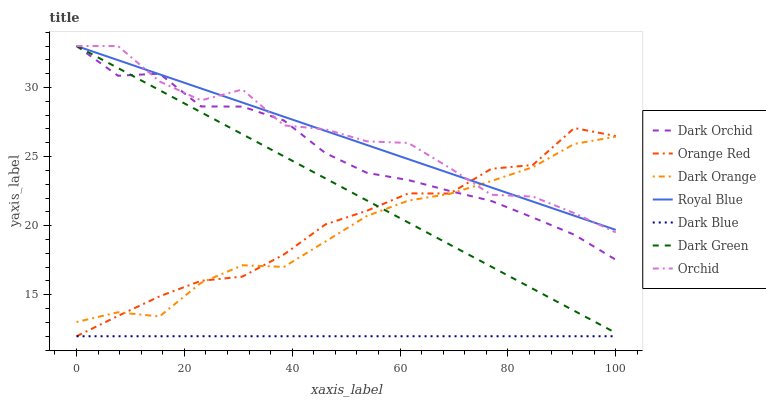
| xaxis_label | Dark Orchid | Orange Red | Dark Orange | Royal Blue | Dark Blue | Dark Green | Orchid |
 | --- | --- | --- | --- | --- | --- | --- | --- |
 | 0 | 33 | 12 | 13 | 33 | 12 | 33 | 33 |
 | 7.69 | 30.8 | 13.5 | 13.7 | 32 | 12 | 31.4 | 33 |
 | 15.4 | 31 | 14.9 | 13.4 | 31 | 12 | 29.8 | 30.4 |
 | 23.1 | 28.6 | 16 | 15.9 | 29.9 | 12 | 28.2 | 29.1 |
 | 30.8 | 28.6 | 16.3 | 17.1 | 28.9 | 12 | 26.6 | 29.9 |
 | 38.5 | 27.6 | 17.9 | 17 | 27.9 | 12 | 25 | 27.3 |
 | 46.2 | 25.3 | 20.1 | 18.9 | 26.9 | 12 | 23.4 | 27 |
 | 53.8 | 23.8 | 21.1 | 20.7 | 25.8 | 12 | 21.8 | 26.1 |
 | 61.5 | 23.3 | 22.3 | 21.8 | 24.8 | 12 | 20.2 | 26 |
 | 69.2 | 22.5 | 22.3 | 22.3 | 23.8 | 12 | 18.6 | 24.2 |
 | 76.9 | 21.8 | 24.1 | 23.2 | 22.8 | 12 | 17 | 22.2 |
 | 84.6 | 20.6 | 24.4 | 24.2 | 21.7 | 12 | 15.4 | 22.1 |
 | 92.3 | 19.3 | 27.1 | 25.9 | 20.7 | 12 | 13.8 | 20.9 |
 | 100 | 17.5 | 26.5 | 26.4 | 19.7 | 12 | 12.2 | 19.5 |